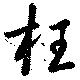
枉